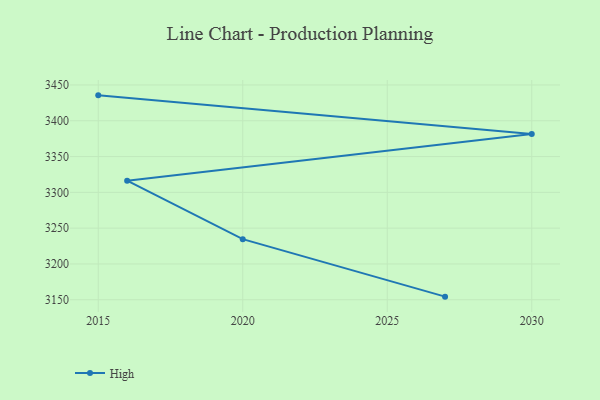
{"axis": {"x": "Year", "y": "Bounce Rate (%)"}, "legend": ["High"], "data": [{"x": "2027", "y": 3154.3, "type": "High"}, {"x": "2020", "y": 3234.6, "type": "High"}, {"x": "2016", "y": 3316.3, "type": "High"}, {"x": "2030", "y": 3381.4, "type": "High"}, {"x": "2015", "y": 3435.5, "type": "High"}]}